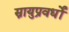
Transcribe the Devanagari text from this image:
स्नायुप्रवर्धों